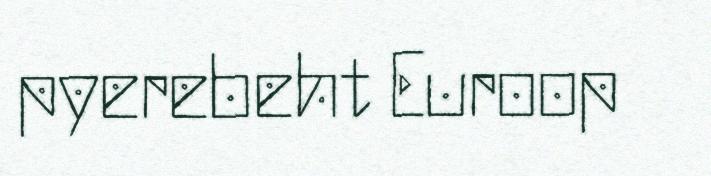
pyerebeht Euroop